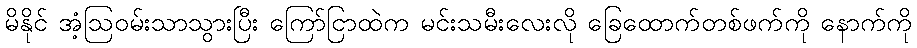
မိနိုင် အံ့ဩဝမ်းသာသွားပြီး ကြော်ငြာထဲက မင်းသမီးလေးလို ခြေထောက်တစ်ဖက်ကို နောက်ကို